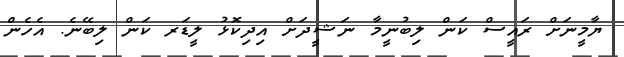
ޔާމީނަށް ރައީސް ކަން ލިބުނީމާ ނަޝީދަށް އިދިކޮޅު ލީޑަރ ކަން ލިބޭނެ. އެހެން